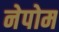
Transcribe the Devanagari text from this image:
नेपोम